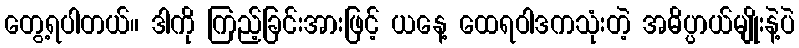
တွေ့ရပါတယ်။ ဒါကို ကြည့်ခြင်းအားဖြင့် ယနေ့ ထေရဝါဒကသုံးတဲ့ အဓိပ္ပာယ်မျိုးနဲ့ပဲ